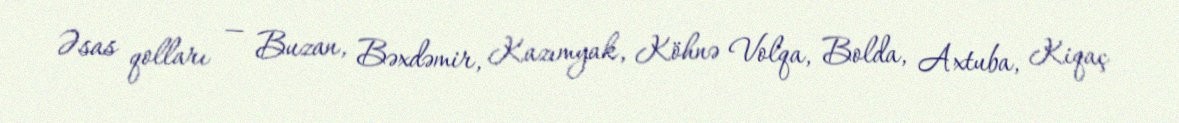
Əsas qolları — Buzan, Bəxdəmir, Kazımyak, Köhnə Volqa, Bolda, Axtuba, Kiqaç